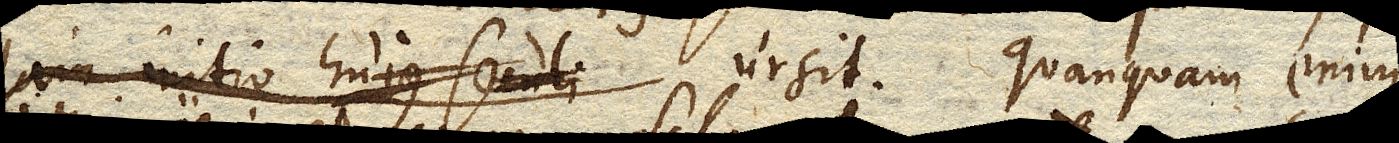
jam initio hujus seculi ursit. Quanquam enim